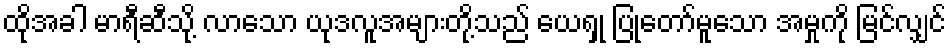
ထိုအခါ မာရီဆီသို့ လာသော ယုဒလူအများတို့သည် ယေရှု ပြုတော်မူသော အမှုကို မြင်လျှင်